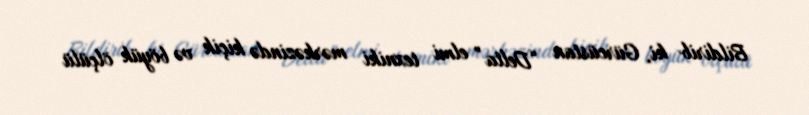
Bildirib ki, Gürcüstan “Delta” elmi texniki mərkəzində kiçik və böyük ölçülü